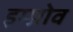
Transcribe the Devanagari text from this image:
इम्प्रोव